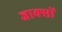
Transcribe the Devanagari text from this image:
जाक्सों